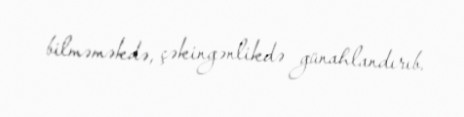
bilməməkdə, çəkingənlikdə günahlandırıb.